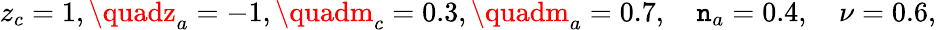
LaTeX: z_{c}=1,\quadz_{a}=-1,\quadm_{c}=0.3,\quadm_{a}=0.7,\quad\mathtt{n}_{a}=0.4,\quad\nu=0.6,